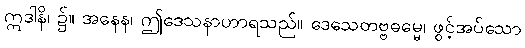
ဣဒါနိ၊ ၌။ အနေန၊ ဤဒေသနာဟာရသည်။ ဒေသေတဗ္ဗဓမ္မေ၊ ဖွင့်အပ်သော